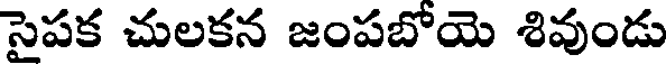
సైపక చులకన జంపబోయె శివుండు